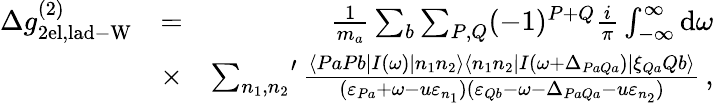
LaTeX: \begin{array}{rlr}{\Delta g_{\mathrm{2el,lad-W}}^{(2)}}&{=}&{\frac{1}{m_{a}}\sum_{b}\sum_{P,Q}(-1)^{P+Q}\frac{i}{\pi}\int_{-\infty}^{\infty}\mathrm{d}\omega}\\ &{\times}&{{\sum_{n_{1},n_{2}}}^{\prime}\, \frac{\langle PaPb|I(\omega)|n_{1}n_{2}\rangle\langle n_{1}n_{2}|I(\omega+\Delta_{PaQa})|\xi_{Qa}Qb\rangle}{(\varepsilon_{Pa}+\omega-u\varepsilon_{n_{1}})(\varepsilon_{Qb}-\omega-\Delta_{PaQa}-u\varepsilon_{n_{2}})}\, ,}\end{array}